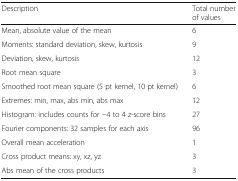
<table><thead><tr><td><b>Description</b></td><td><b>Total number of values</b></td></tr></thead><tbody><tr><td>Mean, absolute value of the mean</td><td>6</td></tr><tr><td>Moments: standard deviation, skew, kurtosis</td><td>9</td></tr><tr><td>Deviation, skew, kurtosis</td><td>12</td></tr><tr><td>Root mean square</td><td>3</td></tr><tr><td>Smoothed root mean square (5 pt kernel, 10 pt kernel)</td><td>6</td></tr><tr><td>Extremes: min, max, abs min, abs max</td><td>12</td></tr><tr><td>Histogram: includes counts for −4 to 4 z-score bins</td><td>27</td></tr><tr><td>Fourier components: 32 samples for each axis</td><td>96</td></tr><tr><td>Overall mean acceleration</td><td>1</td></tr><tr><td>Cross product means: xy, xz, yz</td><td>3</td></tr><tr><td>Abs mean of the cross products</td><td>3</td></tr></tbody></table>